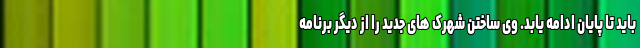
باید تا پایان ادامه یابد. وی ساختن شهرک های جدید را از دیگر برنامه